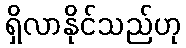
ရှိလာနိုင်သည်ဟု